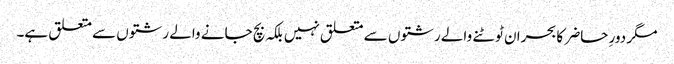
مگر دورِ حاضر کا بحران ٹوٹنے والے رشتوں سے متعلق نہیں بلکہ بچ جانے والے رشتوں سے متعلق ہے۔